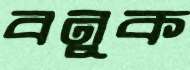
বনুক